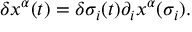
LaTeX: \delta x ^ { \alpha } ( t ) = \delta \sigma _ { i } ( t ) \partial _ { i } x ^ { \alpha } ( \sigma _ { i } ) .